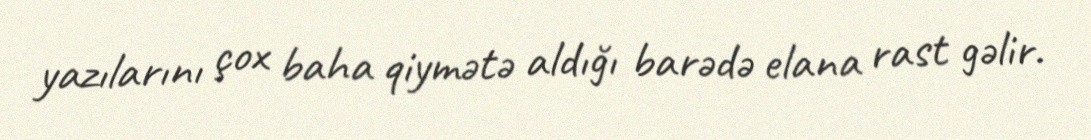
yazılarını çox baha qiymətə aldığı barədə elana rast gəlir.